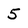
Character: 5